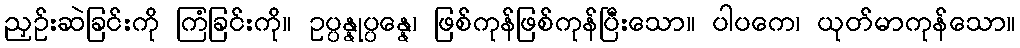
ညှဉ်းဆဲခြင်းကို ကြံခြင်းကို။ ဥပ္ပန္နုပ္ပန္နေ၊ ဖြစ်ကုန်ဖြစ်ကုန်ပြီးသော။ ပါပကေ၊ ယုတ်မာကုန်သော။